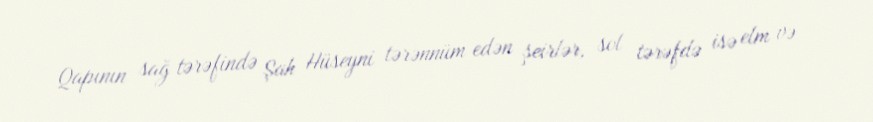
Qapının sağ tərəfində Şah Hüseyni tərənnüm edən şeirlər, sol tərəfdə isə elm və